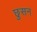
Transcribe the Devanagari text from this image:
छुसन